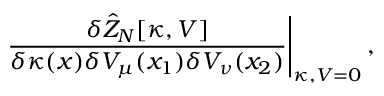
\left. \frac { \delta \hat { Z } _ { N } [ \kappa , V ] } { \delta \kappa ( x ) \delta V _ { \mu } ( x _ { 1 } ) \delta V _ { \nu } ( x _ { 2 } ) } \right| _ { \kappa , V = 0 } ,